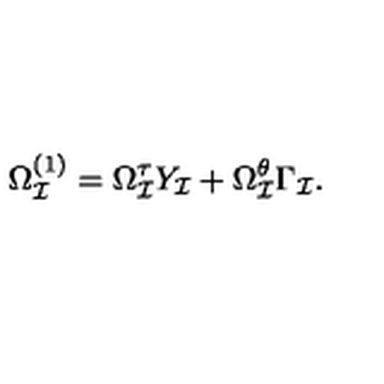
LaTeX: \Omega _ { \cal I } ^ { ( 1 ) } = \Omega _ { \cal I } ^ { \tau } Y _ { \cal I } + \Omega _ { \cal I } ^ { \theta } \Gamma _ { \cal I } .